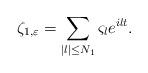
LaTeX: \begin{align*}\zeta_{1,\varepsilon}=\sum_{|l|\leq N_1}\varsigma_le^{ilt}.\end{align*}